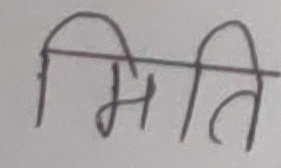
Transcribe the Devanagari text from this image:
मिति